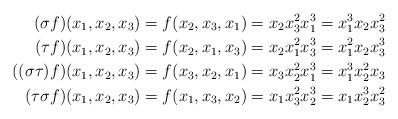
LaTeX: \begin{align*}(\sigma f)(x_1,x_2,x_3) & = f(x_2,x_3,x_1) = x_2 x_3^2 x_1^3 = x_1^3 x_2 x_3^2 \\(\tau f)(x_1,x_2,x_3) & = f(x_2,x_1,x_3) = x_2 x_1^2 x_3^3 = x_1^2 x_2 x_3^3 \\( (\sigma \tau)f)(x_1,x_2,x_3) & = f(x_3,x_2,x_1) = x_3 x_2^2 x_1^3 = x_1^3 x_2^2 x_3\\(\tau\sigma f)(x_1,x_2,x_3) & = f(x_1,x_3,x_2) = x_1 x_3^2 x_2^3 = x_1 x_2^3 x_3^2 \\\end{align*}